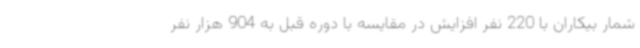
شمار بیکاران با 220 نفر افزایش در مقایسه با دوره قبل به 904 هزار نفر